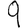
Digit: 9